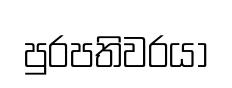
පුරපතිවරයා